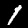
Digit: 1